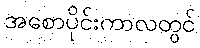
အစောပိုင်းကာလတွင်